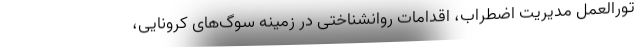
تورالعمل مدیریت اضطراب، اقدامات روانشناختی در زمینه سوگ‌های کرونایی،